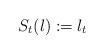
LaTeX: \begin{align*} S_{t}(l):=l_{t}\end{align*}